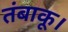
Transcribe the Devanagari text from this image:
तंबाकू।